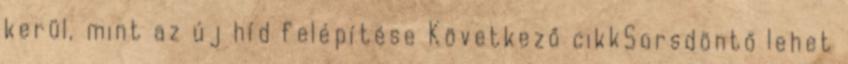
kerül, mint az új híd felépítése Következő cikkSorsdöntő lehet